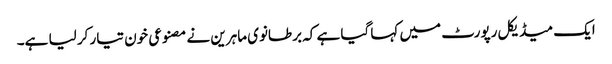
ایک میڈیکل رپورٹ میں کہا گیا ہے کہ برطانوی ماہرین نے مصنوعی خون تیار کر لیا ہے۔